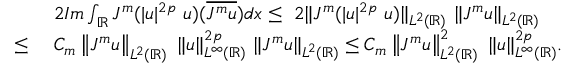
\begin{array} { r l } & { 2 I m \int _ { \mathbb { R } } J ^ { m } ( | u | ^ { 2 p } \ u ) ( \overline { { J ^ { m } u } } ) d x \leq \ 2 \| J ^ { m } ( | u | ^ { 2 p } \ u ) \| _ { L ^ { 2 } ( \mathbb { R } ) } \ \| J ^ { m } u \| _ { L ^ { 2 } ( \mathbb { R } ) } } \\ { \leq \ } & { C _ { m } \left\| J ^ { m } u \right\| _ { L ^ { 2 } ( \mathbb { R } ) } \ \| u \| _ { L ^ { \infty } ( \mathbb { R } ) } ^ { 2 p } \ \| J ^ { m } u \| _ { L ^ { 2 } ( \mathbb { R } ) } \leq C _ { m } \left\| J ^ { m } u \right\| _ { L ^ { 2 } ( \mathbb { R } ) } ^ { 2 } \ \| u \| _ { L ^ { \infty } ( \mathbb { R } ) } ^ { 2 p } . } \end{array}